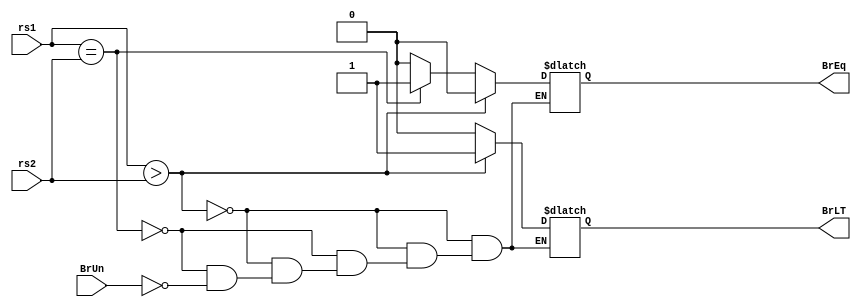
module BranchComp (
  input BrUn,
  input [31:0] rs1,
  input [31:0] rs2,
  output reg BrEq,
  output reg BrLT
);


  always @(rs1 or rs2) begin
    // Comparisons should be in a single if-else block, not separate blocks
    if (rs1 > rs2) begin
      BrLT = 1;
      BrEq = 0;
    end
    else if (rs1 == rs2) begin
      BrLT = 0;
      BrEq = 1;
    end
    else begin
      // If rs1 < rs2, assuming BrUn is true, set both outputs to 0
      if (BrUn) begin
        BrLT = 0;
        BrEq = 0;
      end
    end
  end

endmodule